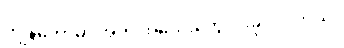
ကျွန်တော်မှာ အိတ် အသေးတွေ ငါးခုပါပါတယ်။